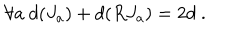
\forall a ~ d ( J _ { a } ) + d ( R J _ { a } ) = 2 d ~ .